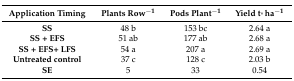
<table><thead><tr><td><b>Application Timing</b></td><td><b>Plants Row<sup>−1</sup></b></td><td><b>Pods Plant<sup>−1</sup></b></td><td><b>Yield t·ha<sup>−1</sup></b></td></tr></thead><tbody><tr><td><b>SS</b></td><td>48 b</td><td>153 bc</td><td>2.64 a</td></tr><tr><td><b>SS + EFS</b></td><td>51 ab</td><td>177 ab</td><td>2.68 a</td></tr><tr><td><b>SS + EFS+ LFS</b></td><td>54 a</td><td>207 a</td><td>2.69 a</td></tr><tr><td><b>Untreated control</b></td><td>37 c</td><td>128 c</td><td>2.03 b</td></tr><tr><td><b>SE</b></td><td>5</td><td>33</td><td>0.54</td></tr></tbody></table>